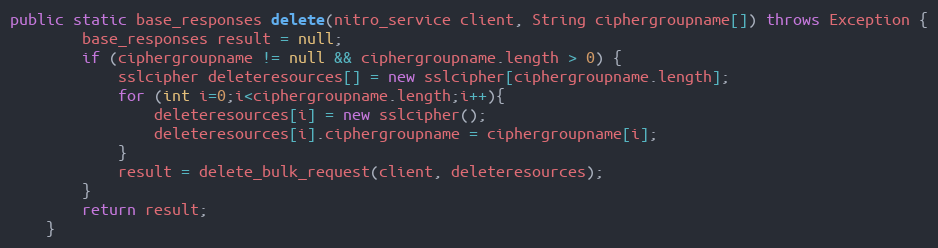
Language: Java
public static base_responses delete(nitro_service client, String ciphergroupname[]) throws Exception {
		base_responses result = null;
		if (ciphergroupname != null && ciphergroupname.length > 0) {
			sslcipher deleteresources[] = new sslcipher[ciphergroupname.length];
			for (int i=0;i<ciphergroupname.length;i++){
				deleteresources[i] = new sslcipher();
				deleteresources[i].ciphergroupname = ciphergroupname[i];
			}
			result = delete_bulk_request(client, deleteresources);
		}
		return result;
	}